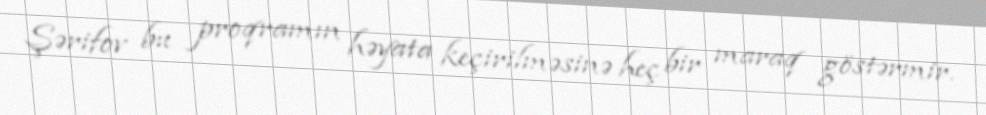
Şərifov bu proqramın həyata keçirilməsinə heç bir maraq göstərmir.